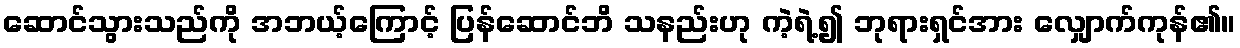
ဆောင်သွားသည်ကို အဘယ့်ကြောင့် ပြန်ဆောင်ဘိ သနည်းဟု ကဲ့ရဲ့၍ ဘုရားရှင်အား လျှောက်ကုန်၏။